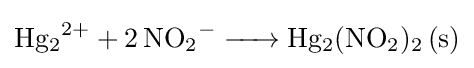
{\ce {Hg2^2+ + 2NO2^- -> Hg2(NO2)2 (s)}}